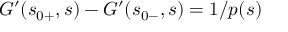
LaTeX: \quad G ^ { \prime } ( s _ { 0 + } , s ) - G ^ { \prime } ( s _ { 0 - } , s ) = 1 / p ( s )